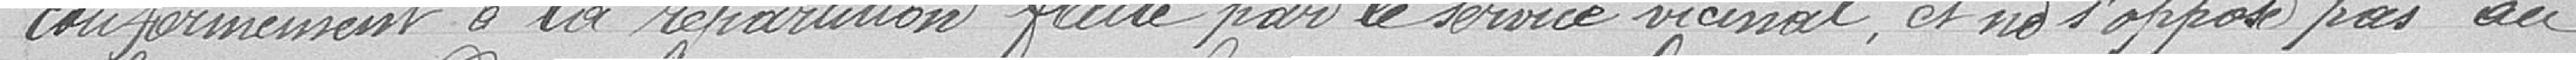
conformément à la répartition faite par le service vicinal, et ne s'oppose pas au